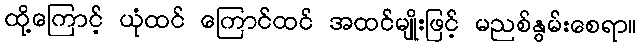
ထို့ကြောင့် ယုံထင် ကြောင်ထင် အထင်မျိုးဖြင့် မညစ်နွမ်းစေရာ။